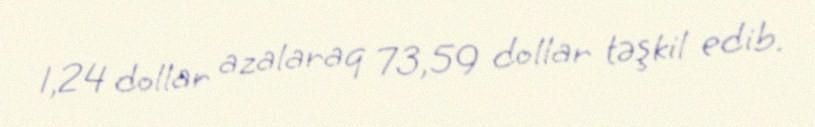
1,24 dollar azalaraq 73,59 dollar təşkil edib.